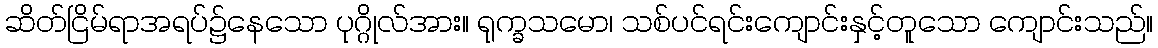
ဆိတ်ငြိမ်ရာအရပ်၌နေသော ပုဂ္ဂိုလ်အား။ ရုက္ခသမော၊ သစ်ပင်ရင်းကျောင်းနှင့်တူသော ကျောင်းသည်။